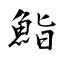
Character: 鮨